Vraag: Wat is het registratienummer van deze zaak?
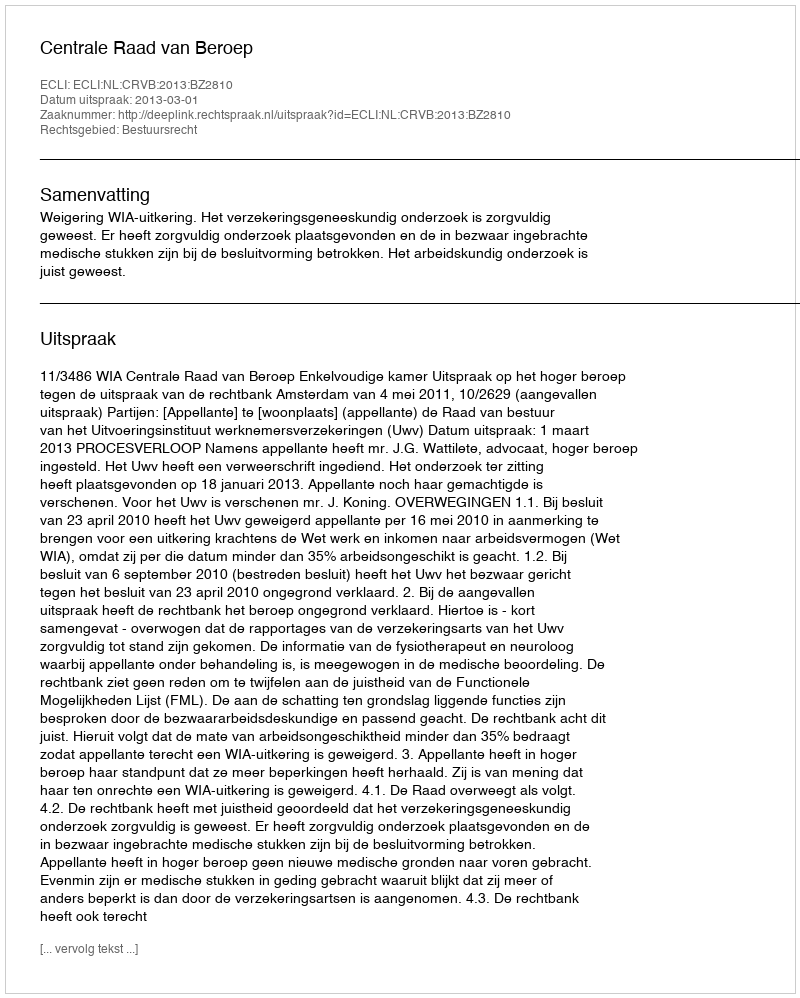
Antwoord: http://deeplink.rechtspraak.nl/uitspraak?id=ECLI:NL:CRVB:2013:BZ2810